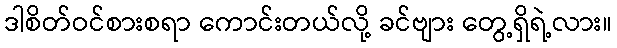
ဒါစိတ်ဝင်စားစရာ ကောင်းတယ်လို့ ခင်ဗျား တွေ့ရှိရဲ့လား။